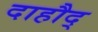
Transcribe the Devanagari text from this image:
दाहौद्